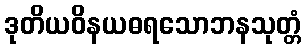
ဒုတိယဝိနယဓရသောဘနသုတ္တံ